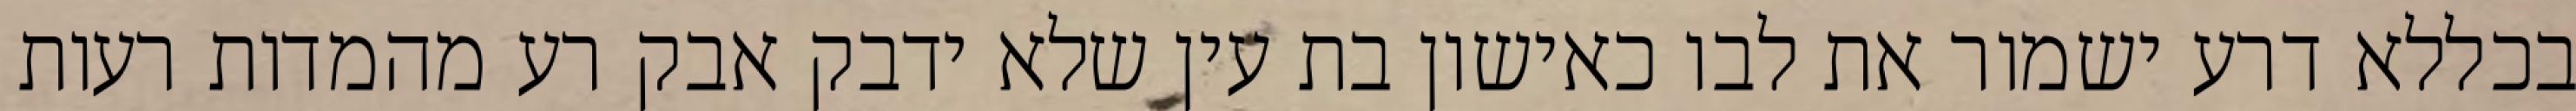
בכללא דרע ישמור את לבו כאישון בת עין שלא ידבק אבק רע מהמדות רעות